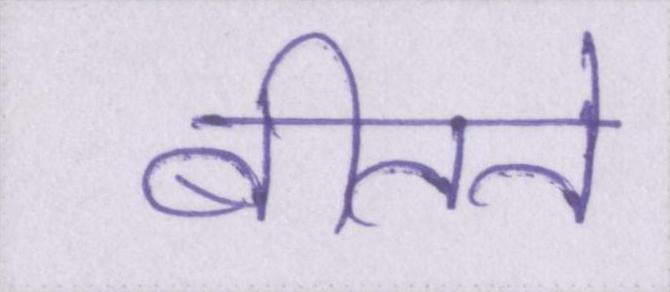
बीतते